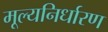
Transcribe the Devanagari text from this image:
मूल्यनिर्धारण